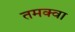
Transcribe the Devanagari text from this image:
तमक्वा